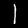
Label: 1